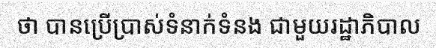
ថា បានប្រើប្រាស់ទំនាក់ទំនង ជាមួយរដ្ឋាភិបាល